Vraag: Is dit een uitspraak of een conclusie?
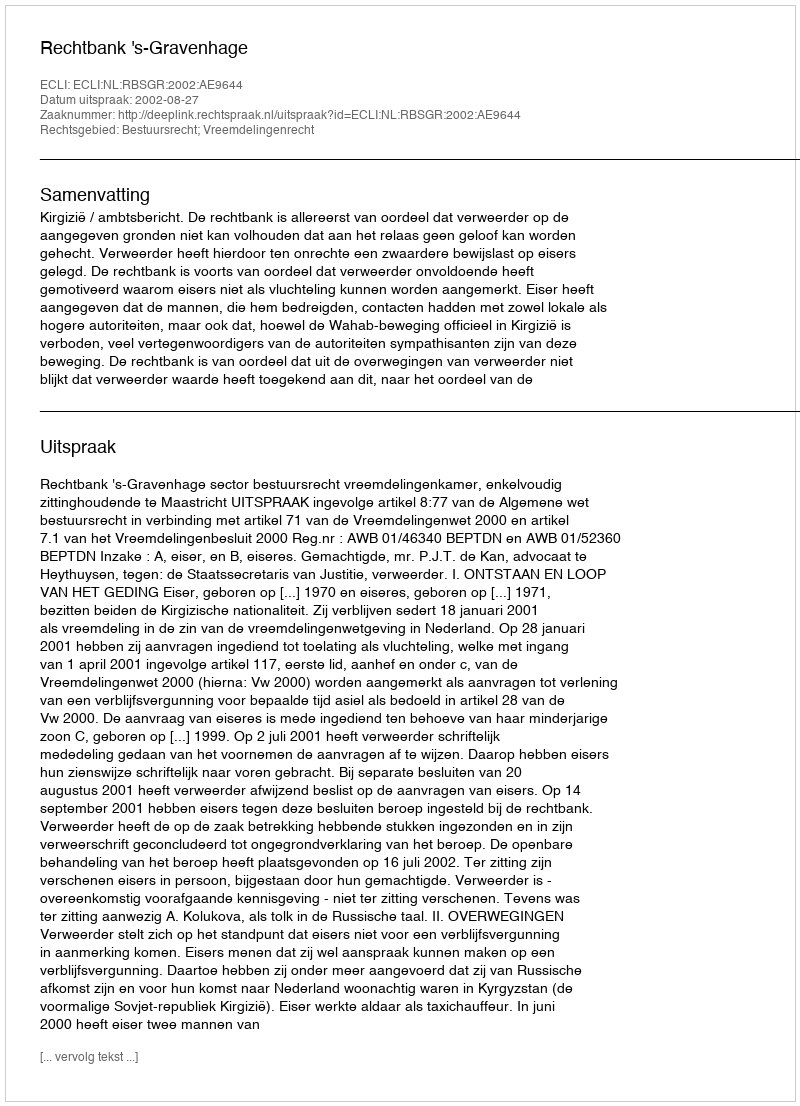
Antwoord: Uitspraak